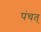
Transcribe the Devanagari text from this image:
पंचत्‌